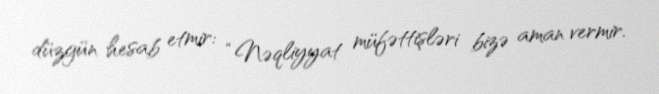
düzgün hesab etmir: “Nəqliyyat müfəttişləri bizə aman vermir.